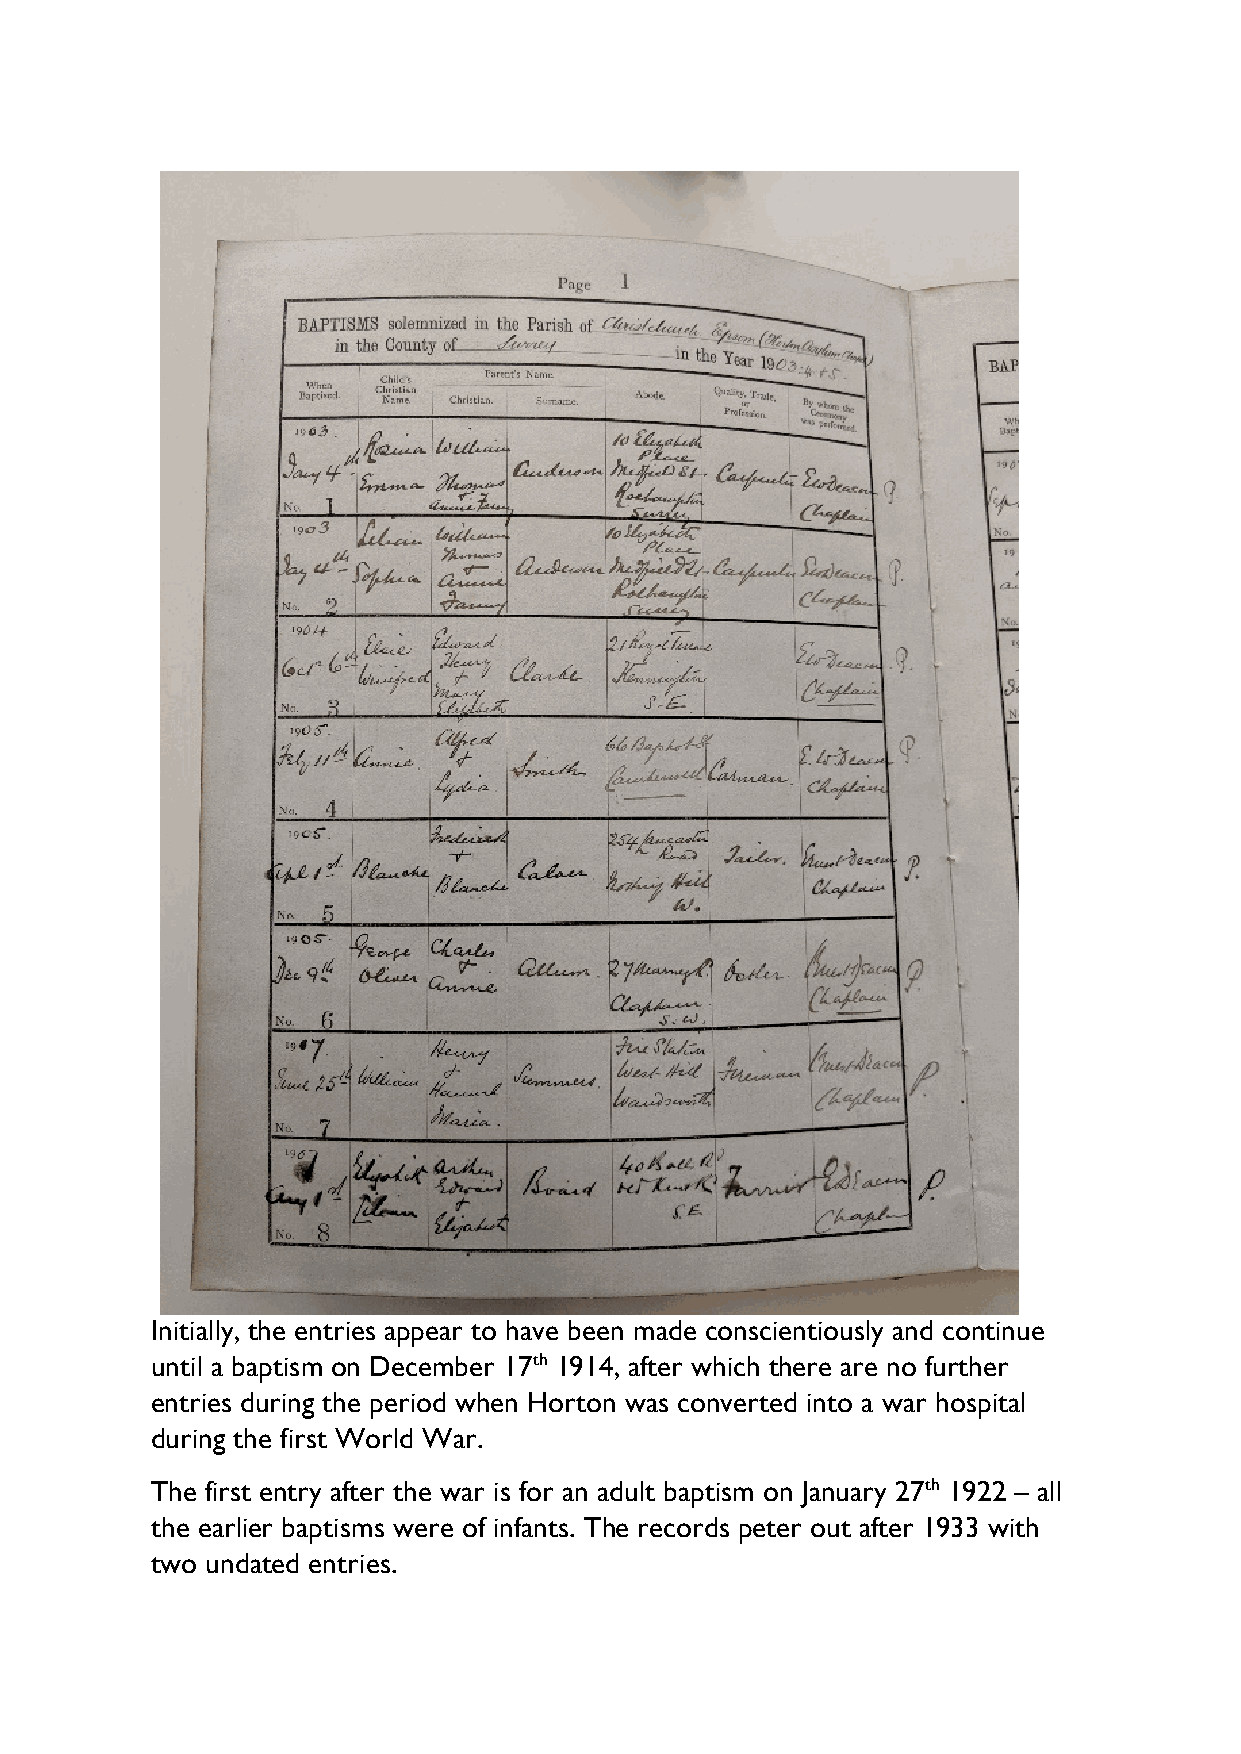
Initially, the entries appear to have been made conscientiously and continue
 until a baptism on December 17th 1914, after which there are no further
 entries during the period when Horton was converted into a war hospital
 during the first World War.
 The first entry after the war is for an adult baptism on January 27th 1922 – all
 the earlier baptisms were of infants. The records peter out after 1933 with
 two undated entries.